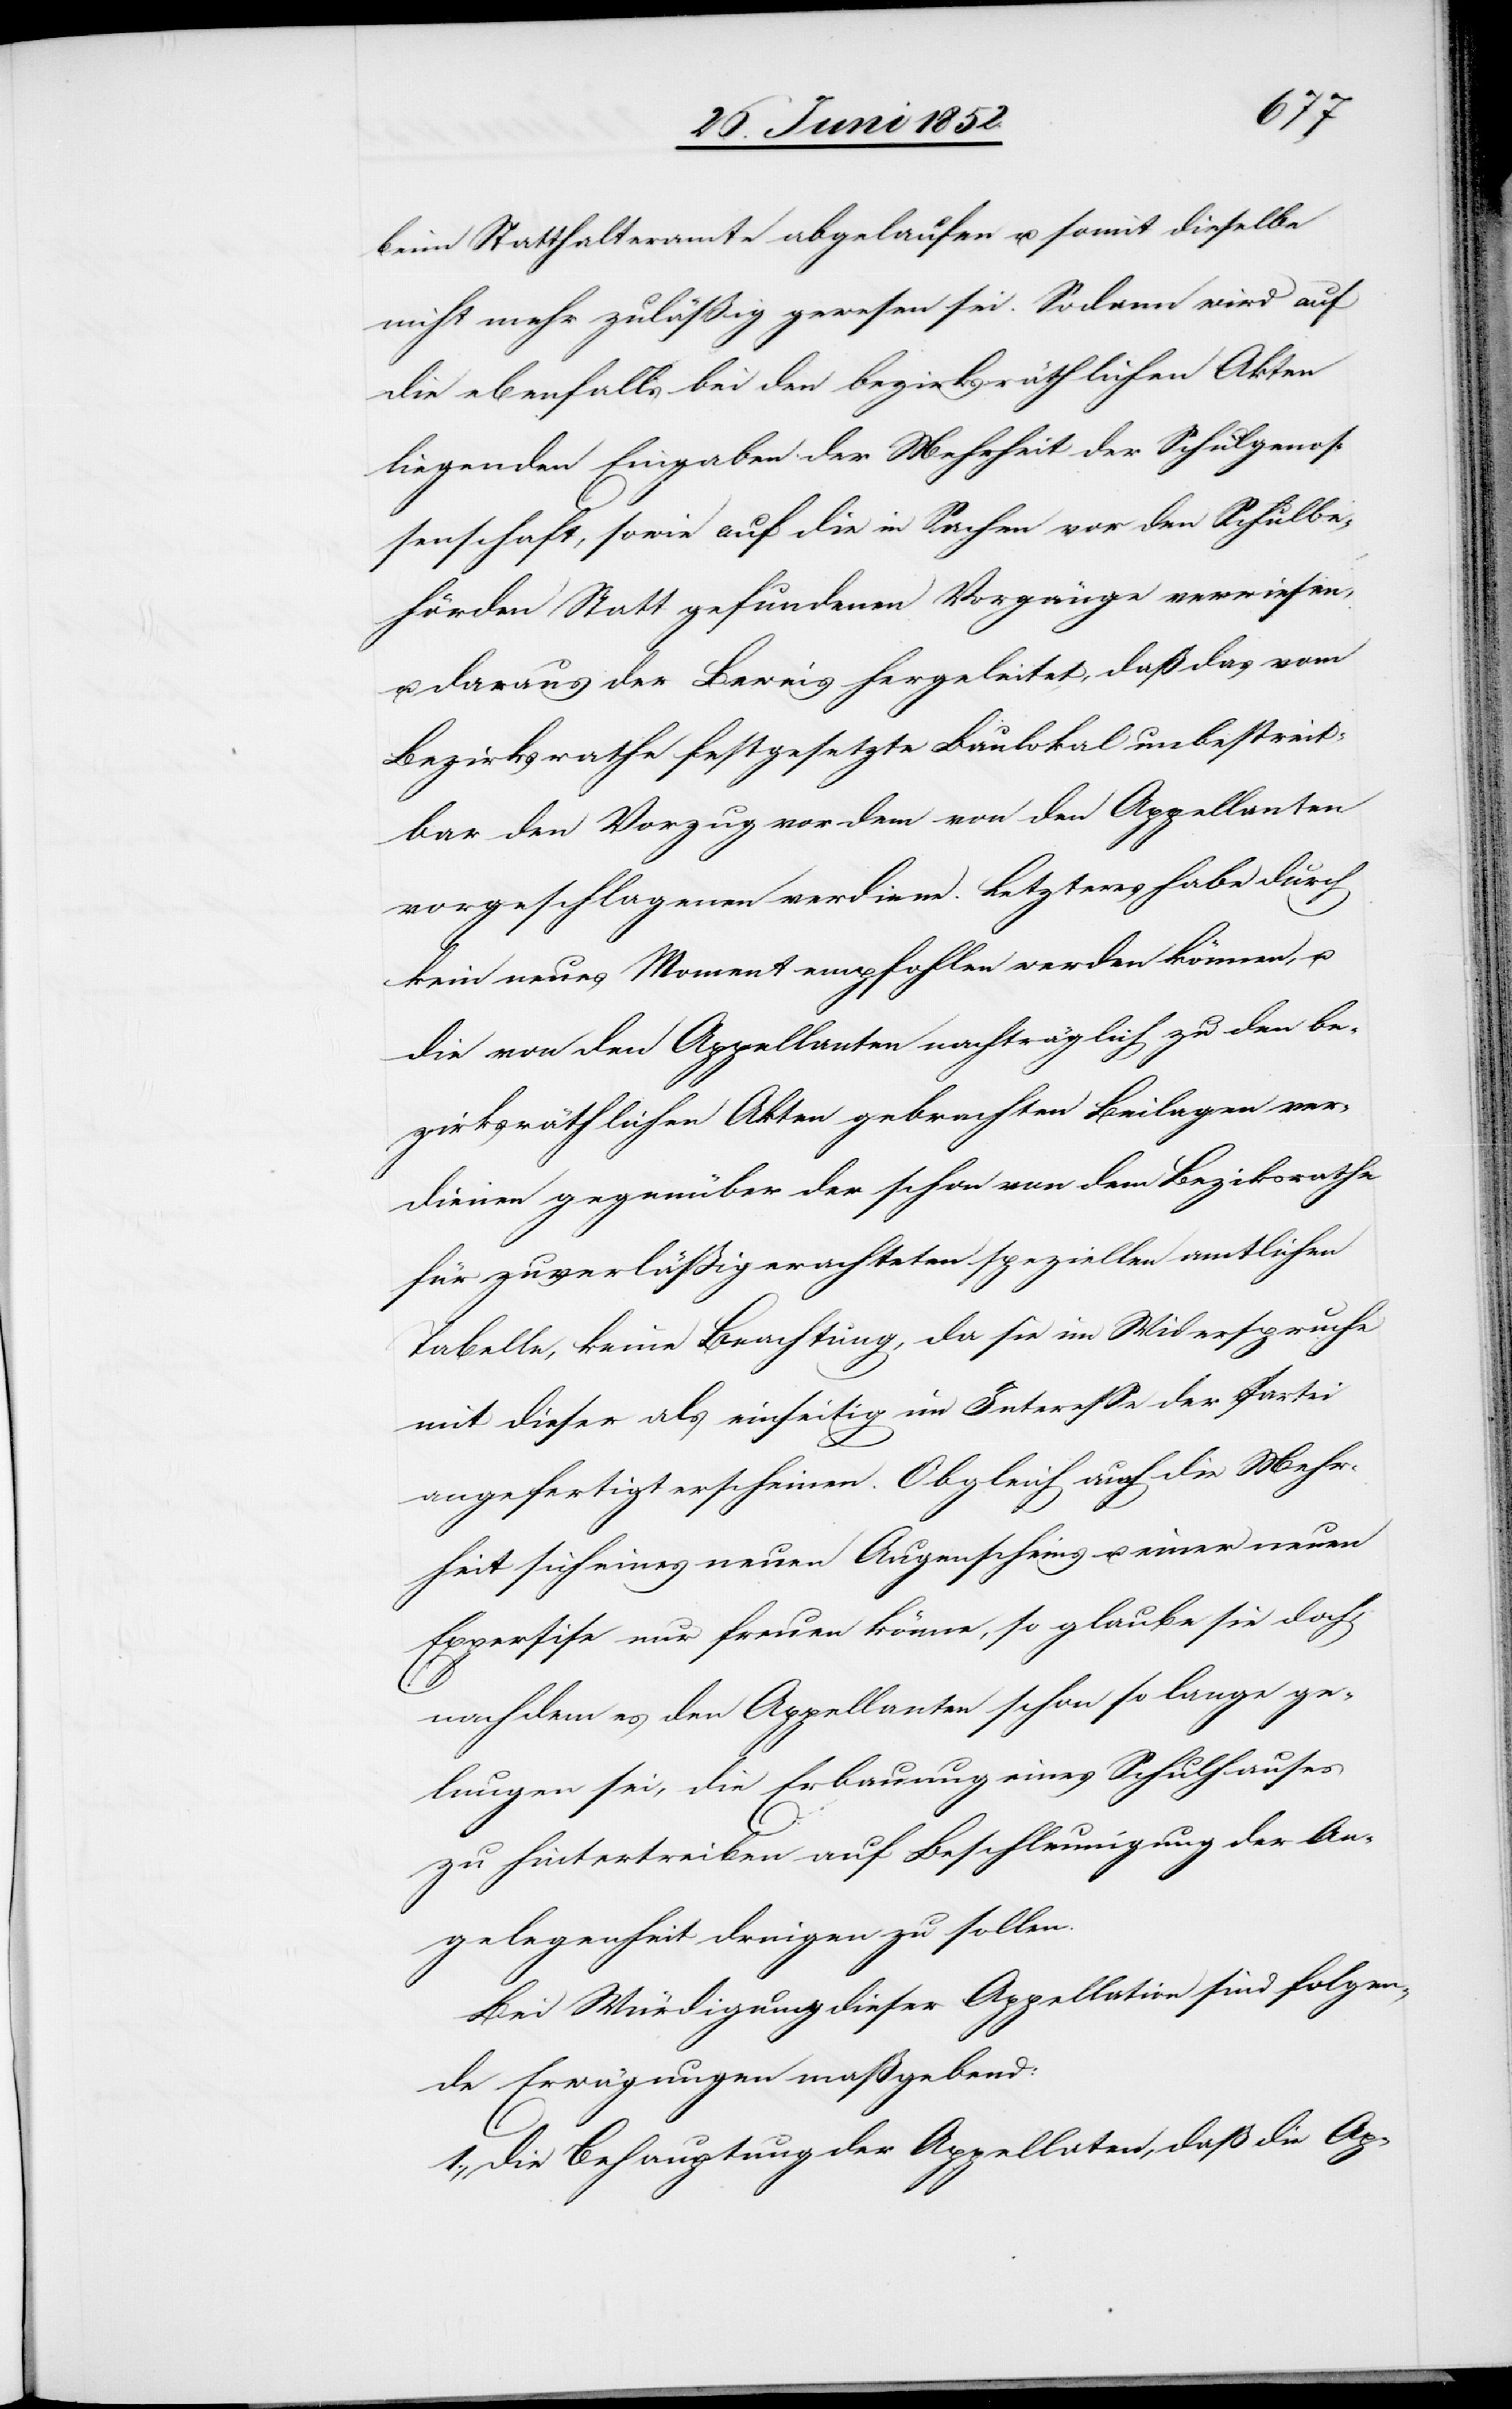
beim Statthalteramte abgelaufen u. somit dieselbe
nicht mehr zuläßig gewesen sei. Sodann wird auf
die ebenfalls bei den bezirksräthlichen Akten
liegenden Eingaben der Mehrheit der Schulgenos¬
senschaft, sowie auf die in Sachen vor den Schulbe¬
hörden Statt gefundenen Vorgänge verwiesen,
u. daraus der Beweis hergeleitet, daß das vom
Bezirksrathe festgesetzte Baulokal unbestreit¬
bar den Vorzug vor dem von den Appellanten
vorgeschlagenen verdiene. Letzteres habe durch
kein neues Moment empfohlen werden können, u.
die von den Appellanten nachträglich zu den be¬
zirksräthlichen Akten gebrachten Beilagen ver¬
dienen gegenüber der schon von dem Bezirksrathe
für zuverläßig erachteten speziellen amtlichen
Tabelle, keine Beachtung, da sie im Widerspruche
mit dieser als einseitig im Interesse der Partei
angefertigt erscheinen. Obgleich auch die Mehr¬
heit sich eines neuen Augenscheins u. einer neuen
Expertise nur freuen könne, so glaube sie doch,
nachdem es den Appellanten schon so lange ge¬
lungen sei, die Erbauung eines Schulhauses
zu hintertreiben auf Beschleunigung der An¬
gelegenheit dringen zu sollen.
Bei Würdigung dieser Appellation sind folgen¬
de Erwägungen maßgebend:
1., Die Behauptung der Appellaten, daß die Ap-